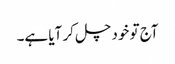
آج تو خود چل کر آیا ہے۔